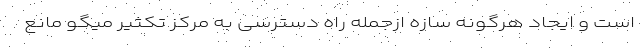
است و ایجاد هرگونه سازه ازجمله راه دسترسی به مرکز تکثیر میگو مانع